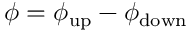
\phi = \phi _ { \mathrm { u p } } - \phi _ { \mathrm { d o w n } }